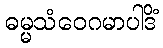
ဓမ္မသံဝေဂမာပါဒိံ